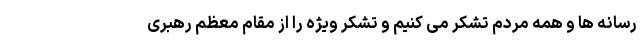
رسانه ها و همه مردم تشکر می کنیم و تشکر ویژه را از مقام معظم رهبری